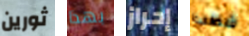
ثورين بهذا إحراز شطب